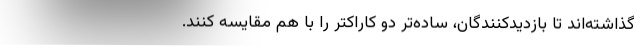
گذاشته‌اند تا بازدیدکنندگان، ساده‌تر دو کاراکتر را با هم مقایسه کنند.